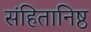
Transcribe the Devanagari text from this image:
संहितानिष्ठ